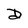
Character: D